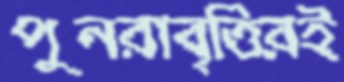
পুনরাবৃত্তিরই